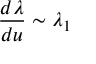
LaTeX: \frac { d \lambda } { d u } \sim \lambda _ { 1 }